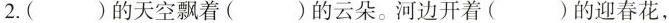
2.()的天空飘着（）的云朵。河边开着（）的迎春花，